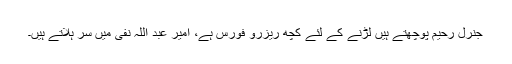
جنرل رحیم پوچھتے ہیں لڑنے کے لئے کچھ ریزرو فورس ہے، امیر عبد اللہ نفی میں سر ہلاتے ہیں۔